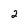
Character: 2